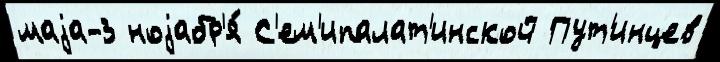
маjа-3 ноjабр'я́ С'ем'ипалат'инской Пут'инцев